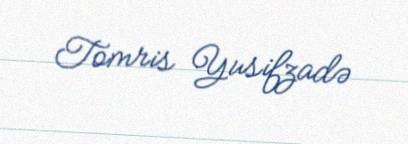
Tomris Yusifzadə